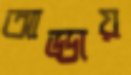
আড্ডায়